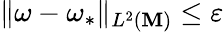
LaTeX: \| \omega-\omega_{*}\| _{L^{2}(\mathbf{M})}\leq\varepsilon